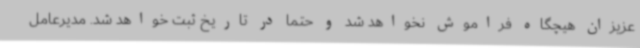
عزیزان هیچگاه فراموش نخواهد شد و حتما در تاریخ ثبت خواهد شد. مدیرعامل